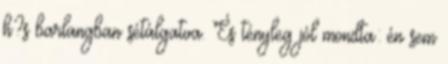
h?s barlangban sétálgatva. És tényleg jól mondta: én sem